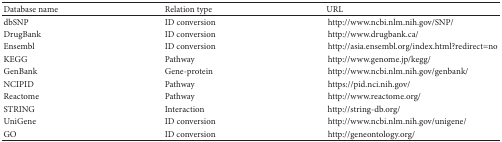
| Database name | Relation type | URL |
 | --- | --- | --- |
 | dbSNP | ID conversion | http://www.ncbi.nlm.nih.gov/SNP/ |
 | DrugBank | ID conversion | http://www.drugbank.ca/ |
 | Ensembl | ID conversion | http://asia.ensembl.org/index.html?redirect=no |
 | KEGG | Pathway | http://www.genome.jp/kegg/ |
 | GenBank | Gene-protein | http://www.ncbi.nlm.nih.gov/genbank/ |
 | NCIPID | Pathway | https://pid.nci.nih.gov/ |
 | Reactome | Pathway | http://www.reactome.org/ |
 | STRING | Interaction | http://string-db.org/ |
 | UniGene | ID conversion | http://www.ncbi.nlm.nih.gov/unigene/ |
 | GO | ID conversion | http://geneontology.org/ |